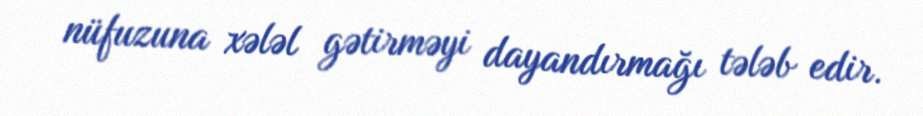
nüfuzuna xələl gətirməyi dayandırmağı tələb edir.